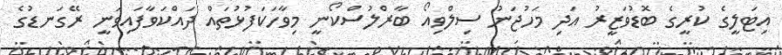
އިޓަލީގެ ކުރީގެ ބޮޑުވަޒީރު އަދި މަހުޖަނު ސިލްވިއޯ ބާރްލުސްކޯނީ މިވާހަކަފުޅުތައް ދައްކަވާފައިވަނީ ރޭގަނޑުގެ